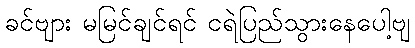
ခင်ဗျား မမြင်ချင်ရင် ငရဲပြည်သွားနေပေါ့ဗျ